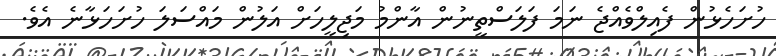
ހުށަހެޅުން ފެއިލްވެއްޖެ ނަމަ ފަލަސްތީނުން އާންމު މަޖިލީހަށް އަލުން މައްސަލަ ހުށަހަޅާނެ އެވެ.